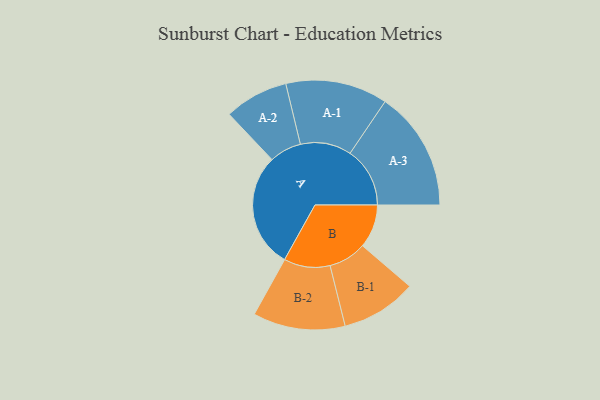
{"axis": {"x": "Segment", "y": "Value"}, "legend": ["", "A", "B"], "data": [{"x": "A", "y": 471, "type": ""}, {"x": "B", "y": 178, "type": ""}, {"x": "A-1", "y": 209, "type": "A"}, {"x": "A-2", "y": 131, "type": "A"}, {"x": "A-3", "y": 245, "type": "A"}, {"x": "B-1", "y": 155, "type": "B"}, {"x": "B-2", "y": 189, "type": "B"}]}